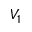
V _ { 1 }